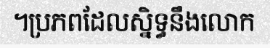
។ប្រភពដែលស្និទ្ធនឹងលោក